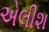
એલીશ